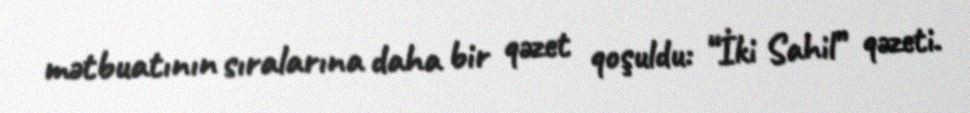
mətbuatının sıralarına daha bir qəzet qoşuldu: “İki Sahil” qəzeti.